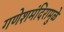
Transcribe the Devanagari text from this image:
गणेशमंदिरामुळे